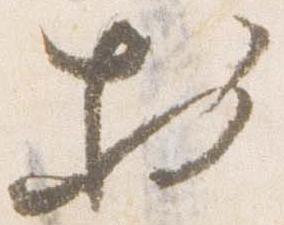
於